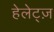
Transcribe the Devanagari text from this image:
हेलेट्ज़